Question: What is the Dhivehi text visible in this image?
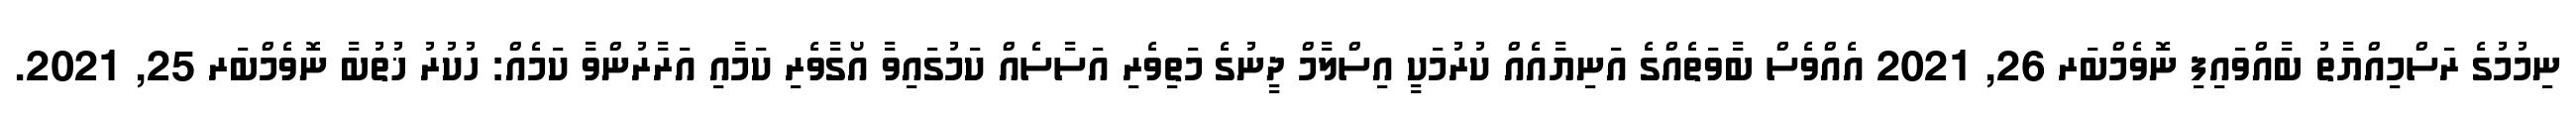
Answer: ނިމުމުގެ ރަސްމިއްޔާތު ބާއްވައިފި ނޮވެމްބަރ 26, 2021 އެއްވެސް ބާވަތެއްގެ އަނިޔާއެއް ކުރުމަކީ އިސްލާމް ދީނުގެ މަތިވެރި އަސާސެއް ކަމުގައިވާ އޯގާވެރި ކަމާއި އަރާރުންވާ ކަމެއް: ހުކުރު ޚުތުބާ ނޮވެމްބަރ 25, 2021.